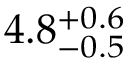
4 . 8 _ { - 0 . 5 } ^ { + 0 . 6 }